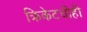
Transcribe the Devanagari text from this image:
क्रिकेटचीही